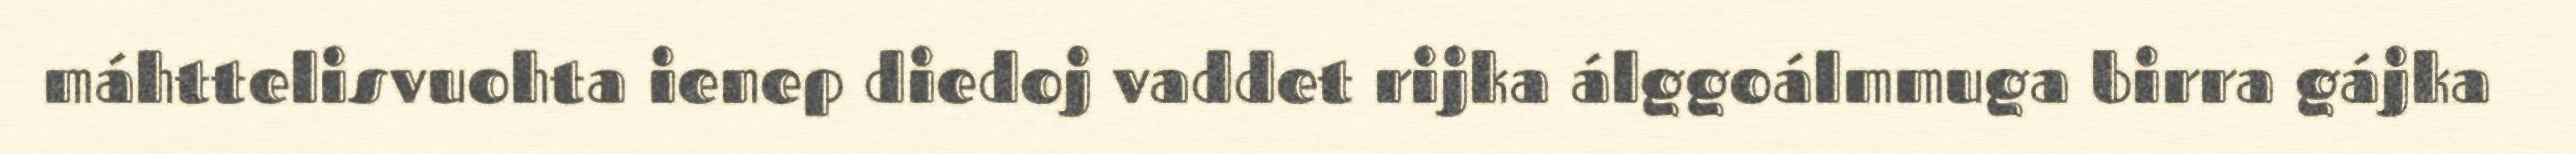
máhttelisvuohta ienep diedoj vaddet rijka álggoálmmuga birra gájka